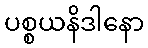
ပစ္စယနိဒါနော